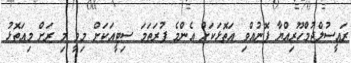
ރައީސުލްޖުމްހޫރިއްޔާ ފޮނުއްވި އަތޮޅަކަށް އެންމެ ފުރަތަމަ ސިޓީއަކަށް މިވީ މި ރަށް މިއަތޮޅު